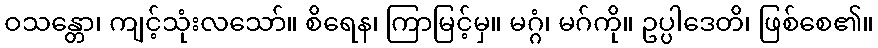
ဝသန္တော၊ ကျင့်သုံးလသော်။ စိရေန၊ ကြာမြင့်မှ။ မဂ္ဂံ၊ မဂ်ကို။ ဥပ္ပါဒေတိ၊ ဖြစ်စေ၏။